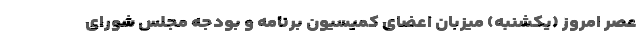
عصر امروز (یکشنبه) میزبان اعضای کمیسیون برنامه و بودجه مجلس شورای